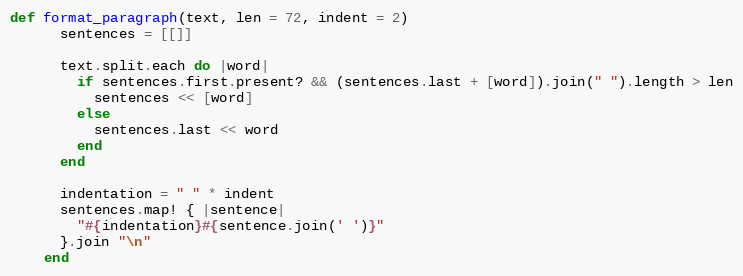
Language: Ruby
def format_paragraph(text, len = 72, indent = 2)
      sentences = [[]]

      text.split.each do |word|
        if sentences.first.present? && (sentences.last + [word]).join(" ").length > len
          sentences << [word]
        else
          sentences.last << word
        end
      end

      indentation = " " * indent
      sentences.map! { |sentence|
        "#{indentation}#{sentence.join(' ')}"
      }.join "\n"
    end